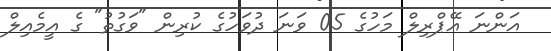
އަންނަ އޭޕްރިލް މަހުގެ 05 ވަނަ ދުވަހުގެ ކުރިން "ވަގުތު" ގެ އީމެއިލް